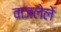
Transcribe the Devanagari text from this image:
वाजलेले